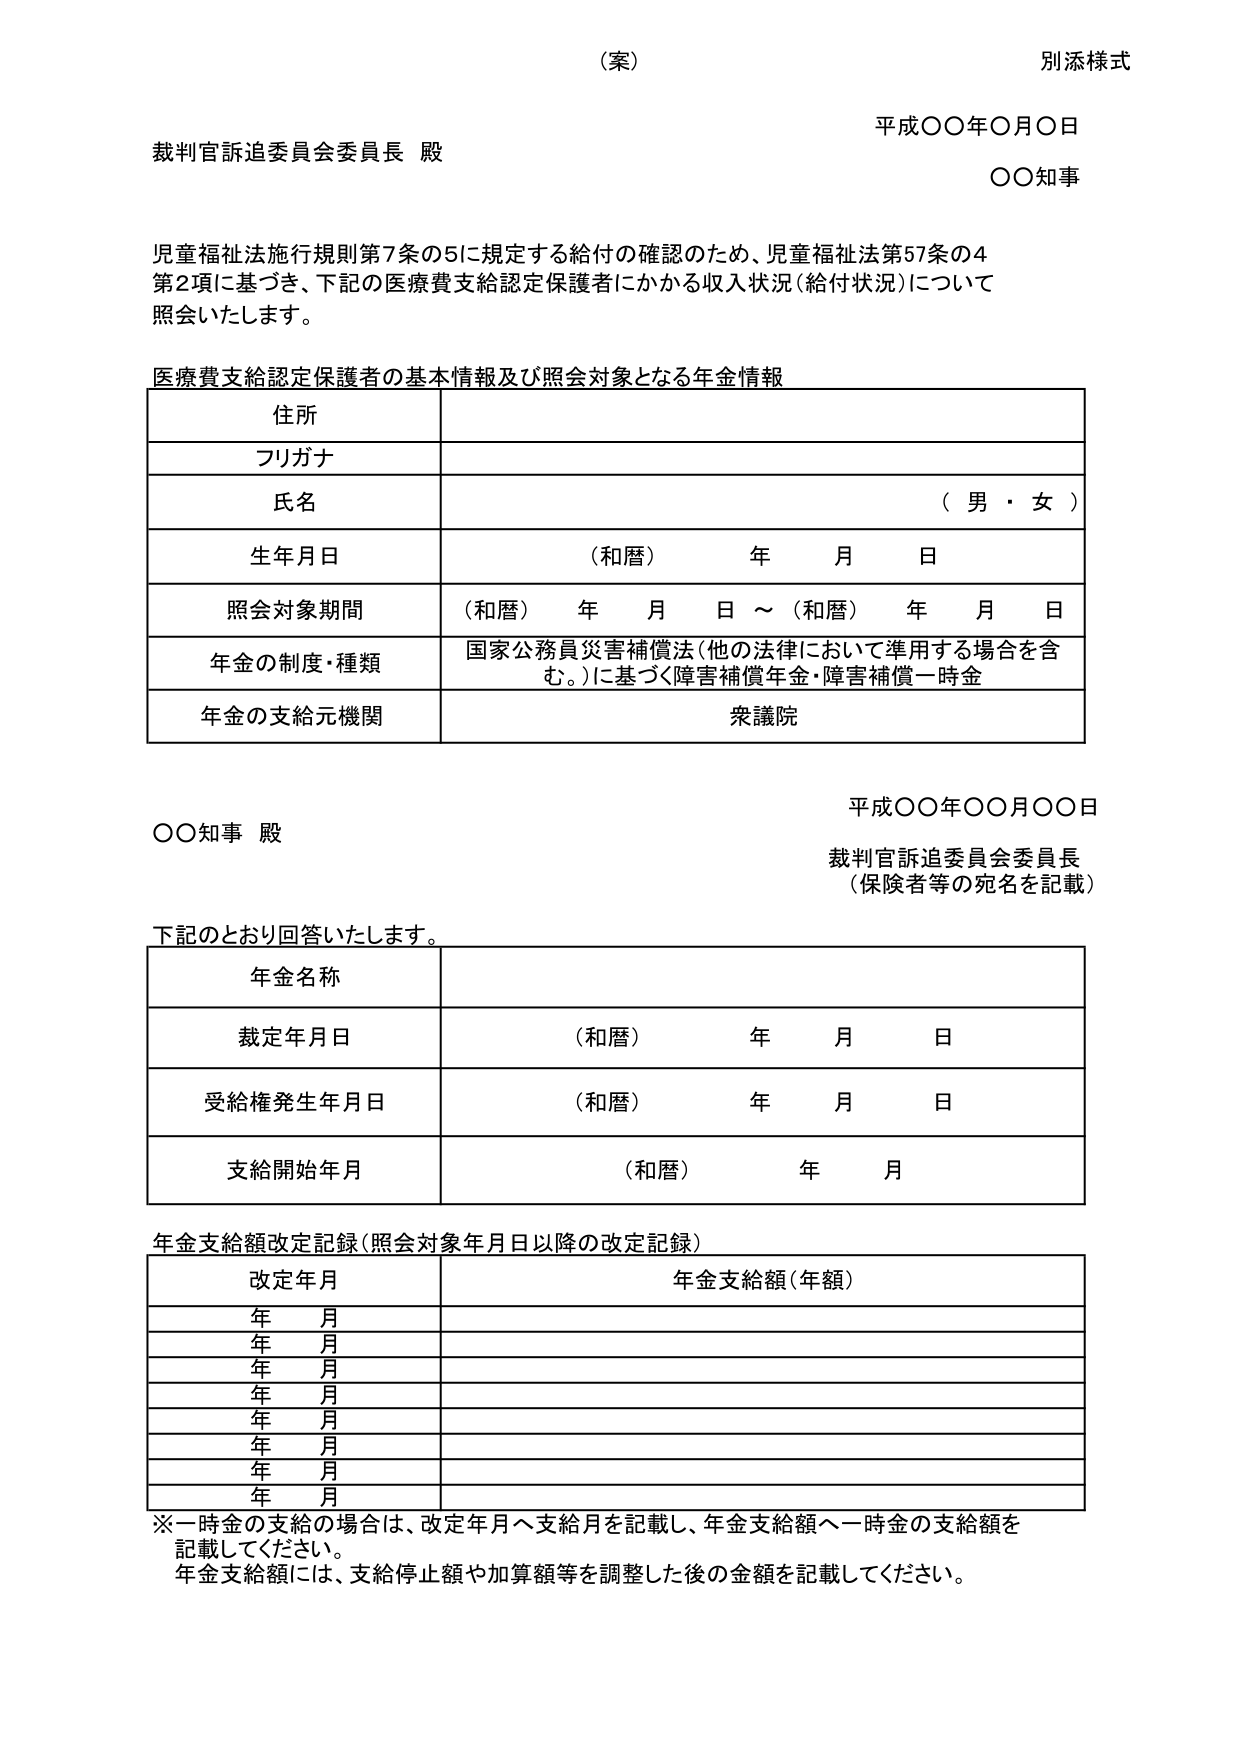
（案）
別添様式

平成〇〇年〇月〇日
〇〇知事

裁判官訴追委員会委員長 殿

児童福祉法施行規則第7条の5に規定する給付の確認のため、児童福祉法第57条の4
第2項に基づき、下記の医療費支給認定保護者にかかる収入状況（給付状況）について
照会いたします。

医療費支給認定保護者の基本情報及び照会対象となる年金情報

住所
フリガナ
氏名 （男・女）
生年月日 （和暦） 年 月 日
照会対象期間 （和暦） 年 月 日 ～ （和暦） 年 月 日
年金の制度・種類 国家公務員災害補償法（他の法律において準用する場合を含む。）に基づく障害補償年金・障害補償一時金
年金の支給元機関 衆議院

平成〇〇年〇〇月〇〇日
〇〇知事 殿
裁判官訴追委員会委員長
（保険者等の宛名を記載）

下記のとおり回答いたします。

年金名称
裁定年月日 （和暦） 年 月 日
受給権発生年月日 （和暦） 年 月 日
支給開始年月 （和暦） 年 月

年金支給額改定記録（照会対象年月日以降の改定記録）

改定年月 年金支給額（年額）
年 月
年 月
年 月
年 月
年 月
年 月
年 月
年 月

※一時金の支給の場合は、改定年月へ支給月を記載し、年金支給額へ一時金の支給額を
記載してください。
年金支給額には、支給停止額や加算額等を調整した後の金額を記載してください。